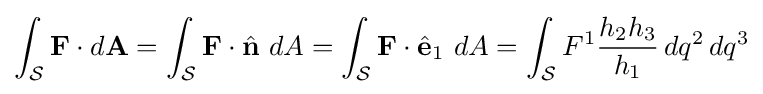
\int _{\mathcal {S}}\mathbf {F} \cdot d\mathbf {A} =\int _{\mathcal {S}}\mathbf {F} \cdot {\hat {\mathbf {n} }}\ dA=\int _{\mathcal {S}}\mathbf {F} \cdot {\hat {\mathbf {e} }}_{1}\ dA=\int _{\mathcal {S}}F^{1}{\frac {h_{2}h_{3}}{h_{1}}}\,dq^{2}\,dq^{3}